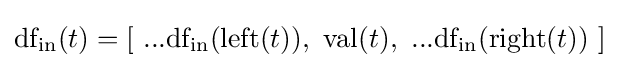
{\text{df}}_{\text{in}}(t)=[\ ...{\text{df}}_{\text{in}}({\text{left}}(t)),\ {\text{val}}(t),\ ...{\text{df}}_{\text{in}}({\text{right}}(t))\ ]